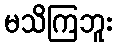
မသိကြဘူး